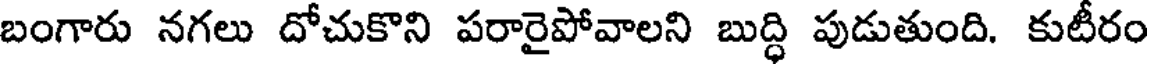
బంగారు నగలు దోచుకొని పరారైపోవాలని బుద్ధి పుడుతుంది. కుటీరం